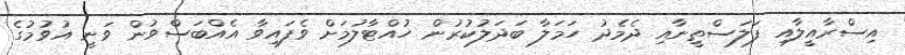
އިސްރާއީލާއި ފަލަސްތީނާއި ދެމެދު ހަމަލާ ބަދަލުކުރުން ހުއްޓާލުމަށް ވެފައިވާ އެއްބަސްވުން ވަނީ އުވުމުގެ